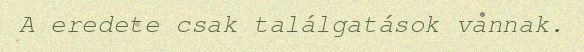
A eredete csak találgatások vannak.